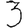
Digit: 3